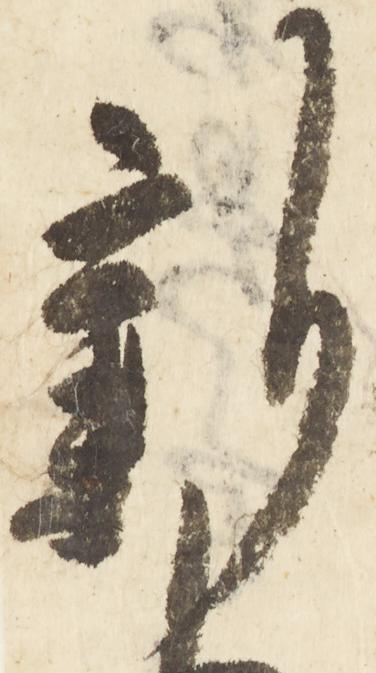
新